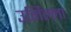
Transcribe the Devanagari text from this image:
उर्मिल्ला